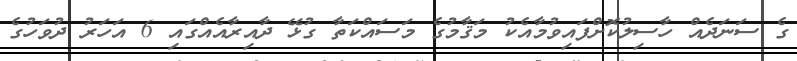
ގެ ސަނަދެއް ހާސިލުކޮށްފައިވުމާއެކު މަޤާމުގެ މަސައްކަތާ ގުޅޭ ދާއިރާއެއްގައި 6 އަހަރު ދުވަހުގެ